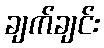
ချက်ချင်း